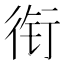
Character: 衔